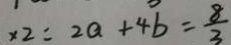
x 2 = 2 a + 4 b = \frac { 8 } { 3 }